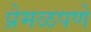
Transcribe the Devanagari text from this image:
प्रेमळपणे